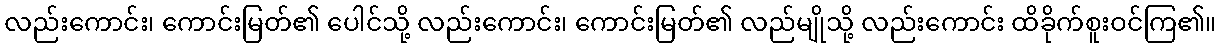
လည်းကောင်း၊ ကောင်းမြတ်၏ ပေါင်သို့ လည်းကောင်း၊ ကောင်းမြတ်၏ လည်မျိုသို့ လည်းကောင်း ထိခိုက်စူးဝင်ကြ၏။